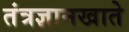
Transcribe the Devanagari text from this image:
तंत्रज्ञानखाते